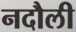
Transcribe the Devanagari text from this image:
नदौली